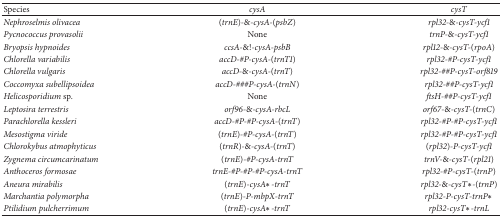
<table><thead><tr><td><b>Species</b></td><td><b><i>cysA </i></b></td><td><b><i>cysT </i></b></td></tr></thead><tbody><tr><td><i>Nephroselmis olivacea </i></td><td>(<i>trnE</i>)<i>-</i>&amp;<i>-cysA-</i>(<i>psbZ</i>)</td><td><i>rpl32-</i>&amp;<i>-cysT-ycf1 </i></td></tr><tr><td><i>Pycnococcus provasolii </i></td><td>None</td><td><i>trnP-</i>&amp;<i>-cysT-ycf1 </i></td></tr><tr><td><i>Bryopsis hypnoides </i></td><td><i>ccsA-</i>&amp;!<i>-cysA-psbB </i></td><td><i>rpl12-</i>&amp;<i>-cysT-</i>(<i>rpoA</i>)</td></tr><tr><td><i>Chlorella variabilis </i></td><td><i>accD-#P-cysA-</i>(<i>trnT1</i>)</td><td><i>rpl32-#P-cysT-ycf1 </i></td></tr><tr><td><i>Chlorella vulgaris </i></td><td><i>accD-</i>&amp;<i>-cysA-</i>(<i>trnT</i>)</td><td><i>rpl32-##P-cysT-orf819 </i></td></tr><tr><td><i>Coccomyxa subellipsoidea </i></td><td><i>accD-###P-cysA-</i>(<i>trnN</i>)</td><td><i>rpl32-##P-cysT-ycf1 </i></td></tr><tr><td><i>Helicosporidium </i>sp.</td><td>None</td><td><i>ftsH-##P-cysT-ycf1 </i></td></tr><tr><td><i>Leptosira terrestris </i></td><td><i>orf96-</i>&amp;<i>-cysA-rbcL </i></td><td><i>orf67-</i>&amp;<i>-cysT-</i>(<i>trnC</i>)</td></tr><tr><td><i>Parachlorella kessleri </i></td><td><i>accD-#P-#P-cysA-</i>(<i>trnT</i>)</td><td><i>rpl32-#P-#P-cysT-ycf1 </i></td></tr><tr><td><i>Mesostigma viride </i></td><td>(<i>trnE</i>)<i>-#P-cysA-</i>(<i>trnT</i>)</td><td><i>rpl32-#P-#P-cysT-ycf1 </i></td></tr><tr><td><i>Chlorokybus atmophyticus </i></td><td>(<i>trnR</i>)<i>-</i>&amp;<i>-cysA-</i>(<i>trnT</i>)</td><td>(<i>rpl32</i>)<i>-P-cysT-ycf1 </i></td></tr><tr><td><i>Zygnema circumcarinatum </i></td><td>(<i>trnE</i>)<i>-#P-cysA-trnT </i></td><td><i>trnV-</i>&amp;<i>-cysT-</i>(<i>rpl21</i>)</td></tr><tr><td><i>Anthoceros formosae </i></td><td><i>trnE-#P-#P-#P-cysA-trnT </i></td><td><i>rpl32-#P-cysT-</i>(<i>trnP</i>)</td></tr><tr><td><i>Aneura mirabilis </i></td><td>(<i>trnE</i>)<i>-cysA∗-trnT </i></td><td><i>rpl32-</i>&amp;<i>-cysT∗-</i>(<i>trnP</i>)</td></tr><tr><td><i>Marchantia polymorpha </i></td><td>(<i>trnE</i>)<i>-P-mbpX-trnT </i></td><td><i>rpl32-P-cysT-trnP∗ </i></td></tr><tr><td><i>Ptilidium pulcherrimum </i></td><td>(<i>trnE</i>)<i>-cysA∗-trnT </i></td><td><i>rpl32-cysT∗-trnL </i></td></tr></tbody></table>